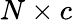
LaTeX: N\times c